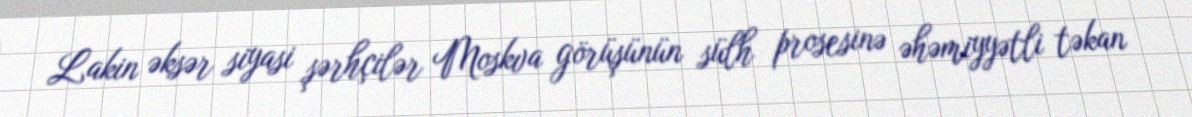
Lakin əksər siyasi şərhçilər Moskva görüşünün sülh prosesinə əhəmiyyətli təkan